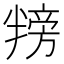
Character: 𪟸